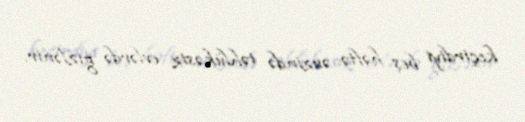
keçirdiyi beş həftə ərzində təhlükəsiz evlərdə gizlənir.